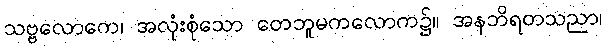
သဗ္ဗလောကေ၊ အလုံးစုံသော တေဘူမကလောက၌။ အနဘိရတသညာ၊